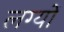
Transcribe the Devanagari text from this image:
लग्यों